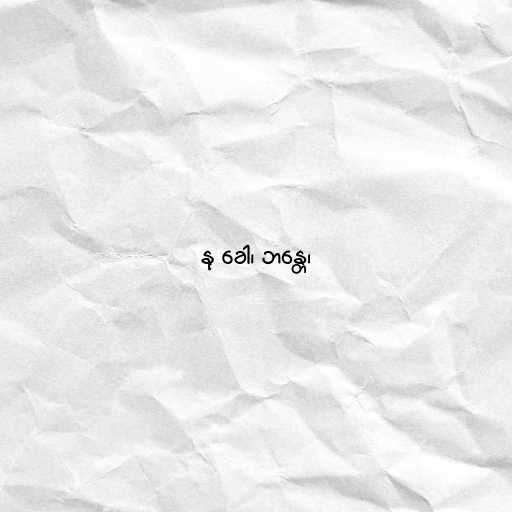
နု ခေါ၊ ဘန္တေ၊